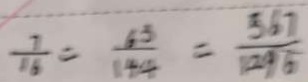
\frac { 7 } { 1 6 } = \frac { 6 3 } { 1 4 4 } = \frac { 5 6 7 } { 1 2 9 6 }